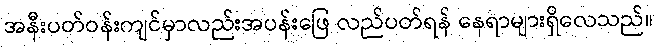
အနီးပတ်ဝန်းကျင်မှာလည်းအပန်းဖြေ လည်ပတ်ရန် နေရာများရှိလေသည်။